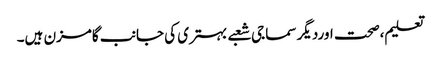
تعلیم،صحت اوردیگر سماجی شعبے بہتری کی جانب گامزن ہیں۔